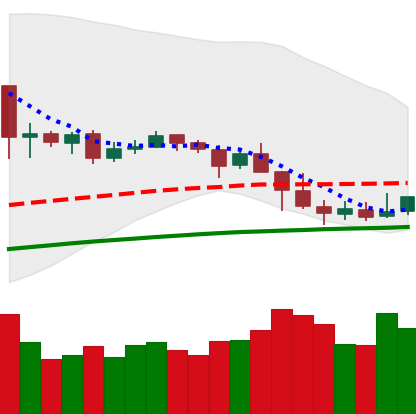
Ticker: NEO-USD
Chart end date: 2019-04-30
Forward return: -5.325%
Label: down_5_7